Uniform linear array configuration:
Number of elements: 32
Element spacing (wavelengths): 0.25
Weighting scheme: uniform
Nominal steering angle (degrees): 60
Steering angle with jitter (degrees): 58.766
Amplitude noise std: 0.05
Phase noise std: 0.05

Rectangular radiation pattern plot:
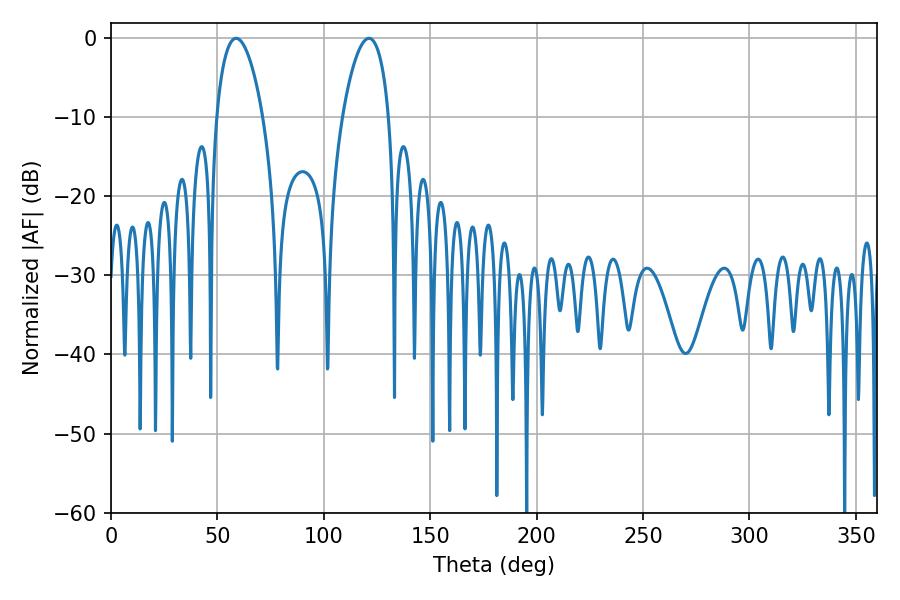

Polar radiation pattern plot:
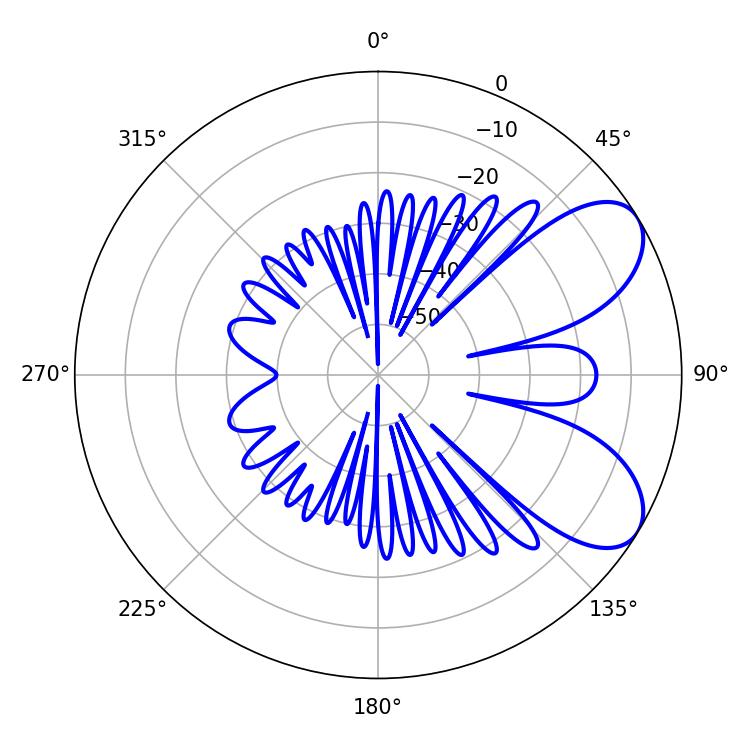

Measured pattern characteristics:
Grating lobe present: FALSE
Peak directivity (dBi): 7.015
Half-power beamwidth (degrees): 12.24
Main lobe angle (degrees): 58.86